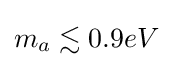
m_{a}\lesssim 0.9eV